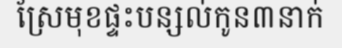
ស្រែមុខផ្ទះបន្សល់កូន៣នាក់